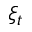
\xi _ { t }